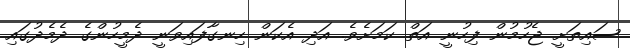
ސައިތަށީ ޖެހުމުން ފިހުނީ އަތް ކަމަށެވެ. އަދި އެކަން ހިނގާފައިވަނީ ދެމީހުންގެ ދެމެދުގައި